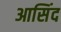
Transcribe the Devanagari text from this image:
आसिंद